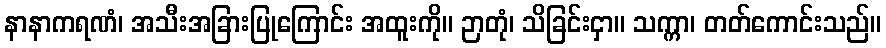
နာနာကရဏံ၊ အသီးအခြားပြုကြောင်း အထူးကို။ ဉာတုံ၊ သိခြင်းငှာ။ သက္ကာ၊ တတ်ကောင်းသည်။